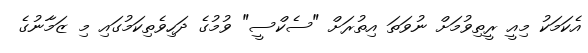
އެކަމަކު މިއީ ރީތިވުމަށް ނުވަތަ އިތުރަށް "ސެކްސީ" ވުމުގެ ދަހިވެތިކަމުގައި މި ޒަމާނުގެ